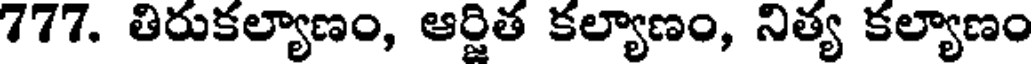
777. తిరుకల్యాణం, ఆర్జిత కల్యాణం, నిత్య కల్యాణం